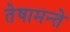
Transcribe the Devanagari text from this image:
तेषामन्ते